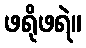
ဖရိုဖရဲ။